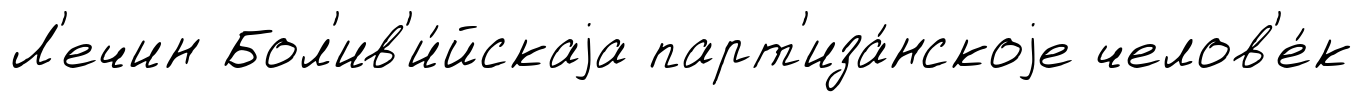
Л'ечин Бол'ив'и́йскаjа парт'иза́нскоjе челов'е́к